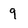
Character: 9